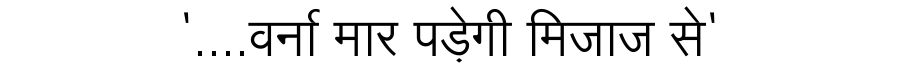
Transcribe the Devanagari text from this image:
'....वर्ना मार पड़ेगी मिजाज से'